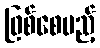
ဖြစ်စေမည့်